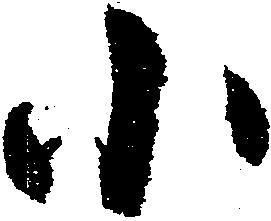
小